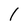
Character: 1